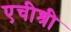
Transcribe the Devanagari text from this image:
एचीश्री